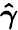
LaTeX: \boldsymbol{\hat{\gamma}}